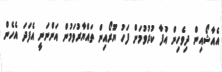
އެއާޝޯއިން ދިވެހިން އުފާ ކުރުވުމަށް ފަހު ޔޫރޯއިން ތައްޔާރުވަމުން އަންނަނީ އެފަދަ އެހެން